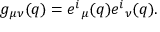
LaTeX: g _ { \mu \nu } ( q ) = e ^ { i } { } _ { \mu } ( q ) e ^ { i } { } _ { \nu } ( q ) .